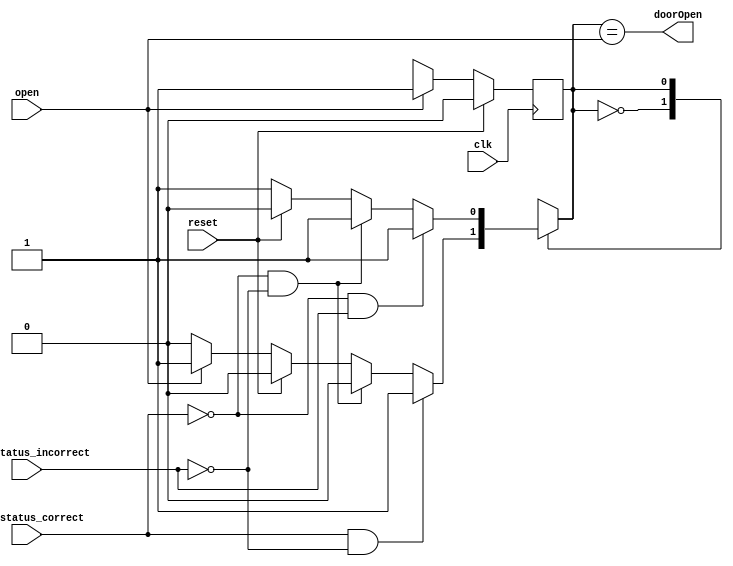
module dorm_security_lock(reset, open, clk, door_status_correct, door_status_incorrect, doorOpen);
	//so we want this to be a moore machine, inputs determine outputs. input and state determine outputs.
	//open input incase open for dinning hall.
	//open and reset, keeps so if correct still open. 
	//not open or closed, no number entered it keeps door status.
	input reset, clk, door_status_correct, door_status_incorrect, open;
	reg [0:0] state, next_state;
	output doorOpen;
	
	localparam closed = 2'd0;
	localparam open_param = 2'd1;
	
	
	initial begin
		state <= closed;
	end
	
	always @(posedge clk)
		if(reset)
			state <= closed;
		else if(open)
			state <= open_param;
		else
			state <= next_state;
	
	always@(*)
	case(state)
		closed:
			if(door_status_correct & !door_status_incorrect)
				state = open_param;
			else if(!door_status_correct & !door_status_incorrect)
				state = closed;
			else if(reset)
				state = closed;
			else if(open)
				state = open;
			else
				state = closed;
		open_param:
			if(!door_status_correct & door_status_incorrect)
				state = open_param;
			else if(!door_status_correct & !door_status_incorrect)
				state = open_param;
			else if(reset)
				state = closed;
			else
				state = open_param;
	endcase
	
	//open if open.
	assign doorOpen = (state == open);
	
	
endmodule